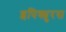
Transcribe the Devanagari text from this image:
इपिक्युरस